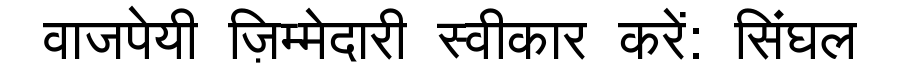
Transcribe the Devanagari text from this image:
वाजपेयी ज़िम्मेदारी स्वीकार करें: सिंघल